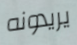
يريدونه